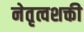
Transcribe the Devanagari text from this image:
नेतृत्वशक्ती